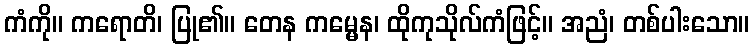
ကံကို။ ကရောတိ၊ ပြု၏။ တေန ကမ္မေန၊ ထိုကုသိုလ်ကံဖြင့်။ အညံ၊ တစ်ပါးသော။